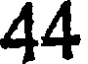
44